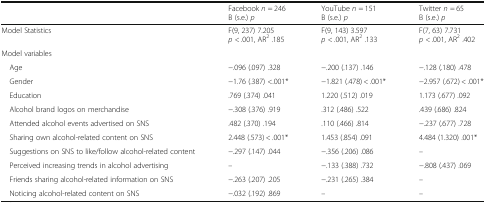
<table><thead><tr><td></td><td><b>Facebook <i>n</i> = 246B (s.e.) <i>p</i></b></td><td><b>YouTube <i>n</i> = 151B (s.e.) <i>p</i></b></td><td><b>Twitter <i>n</i> = 65B (s.e.) <i>p</i></b></td></tr></thead><tbody><tr><td>Model Statistics</td><td>F(9, 237) 7.205 <i>p</i> &lt; .001, AR<sup>2</sup> .185</td><td>F(9, 143) 3.597 <i>p</i> &lt; .001, AR<sup>2</sup> .133</td><td>F(7, 63) 7.731 <i>p</i> &lt; .001, AR<sup>2</sup> .402</td></tr><tr><td colspan="4">Model variables</td></tr><tr><td> Age</td><td>−.096 (.097) .328</td><td>−.200 (.137) .146</td><td>−.128 (.180) .478</td></tr><tr><td> Gender</td><td>−1.76 (.387) &lt;.001*</td><td>−1.821 (.478) &lt; .001*</td><td>−2.957 (.672) &lt; .001*</td></tr><tr><td> Education</td><td>.769 (.374) .041</td><td>1.220 (.512) .019</td><td>1.173 (.677) .092</td></tr><tr><td> Alcohol brand logos on merchandise</td><td>−.308 (.376) .919</td><td>.312 (.486) .522</td><td>.439 (.686) .824</td></tr><tr><td> Attended alcohol events advertised on SNS</td><td>.482 (.370) .194</td><td>.110 (.466) .814</td><td>−.237 (.677) .728</td></tr><tr><td> Sharing own alcohol-related content on SNS</td><td>2.448 (.573) &lt; .001*</td><td>1.453 (.854) .091</td><td>4.484 (1.320) .001*</td></tr><tr><td> Suggestions on SNS to like/follow alcohol-related content</td><td>−.297 (.147) .044</td><td>−.356 (.206) .086</td><td>–</td></tr><tr><td> Perceived increasing trends in alcohol advertising</td><td>–</td><td>−.133 (.388) .732</td><td>−.808 (.437) .069</td></tr><tr><td> Friends sharing alcohol-related information on SNS</td><td>−.263 (.207) .205</td><td>−.231 (.265) .384</td><td>–</td></tr><tr><td> Noticing alcohol-related content on SNS</td><td>−.032 (.192) .869</td><td>–</td><td>–</td></tr></tbody></table>